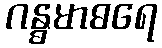
ဂန္ဓမာဓရေ